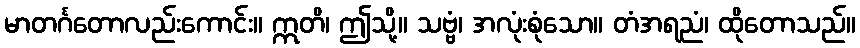
မာတင်္ဂတောလည်းကောင်း။ ဣတိ၊ ဤသို့။ သဗ္ဗံ၊ အလုံးစုံသော။ တံအရညံ၊ ထိုတောသည်။